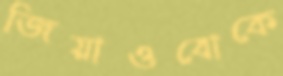
জিয়াওবোকে